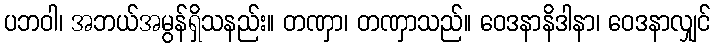
ပဘဝါ၊ အဘယ်အမွန်ရှိသနည်း။ တဏှာ၊ တဏှာသည်။ ဝေဒနာနိဒါနာ၊ ဝေဒနာလျှင်